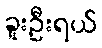
ခူးဦးရယ်